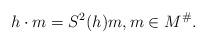
LaTeX: \begin{gather*} h \cdot m = S^2(h)m, m \in M^\#. \end{gather*}